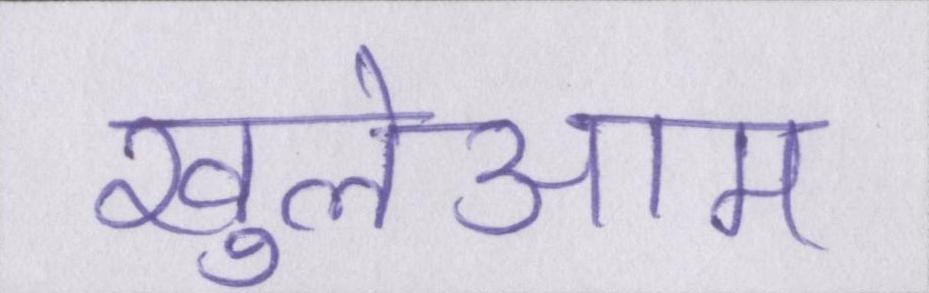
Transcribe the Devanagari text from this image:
खुलेआम